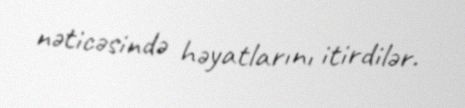
nəticəsində həyatlarını itirdilər.